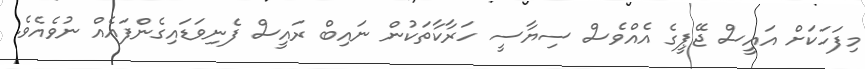
މިފަހަކަށް އައީސް ޖޭޕީގެ އެއްވެސް ސިޔާސީ ހަރާކާތަކުން ނައިބް ރައީސް ފެނިވަޑައިގެންފައެއް ނުވެއެވެ.